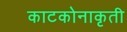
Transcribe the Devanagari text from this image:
काटकोनाकृती